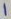
Text: 1